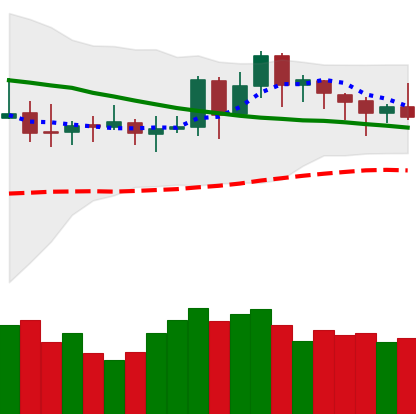
Ticker: DOGE-USD
Chart end date: 2019-11-17
Forward return: -10.801%
Label: down_7plus